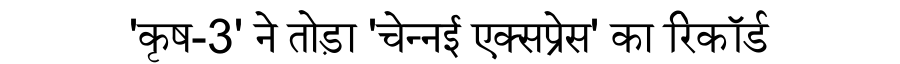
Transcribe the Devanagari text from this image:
'कृष-3' ने तोड़ा 'चेन्नई एक्सप्रेस' का रिकॉर्ड